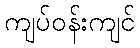
ကျပ်ဝန်းကျင်